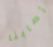
أصابنا